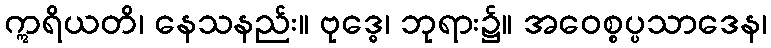
ဣရိယတိ၊ နေသနည်း။ ဗုဒ္ဓေ၊ ဘုရား၌။ အဝေစ္စပ္ပသာဒေန၊